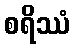
စရိဿံ